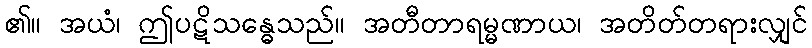
၏။ အယံ၊ ဤပဋိသန္ဓေသည်။ အတီတာရမ္မဏာယ၊ အတိတ်တရားလျှင်